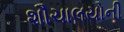
શૌચાલયોની